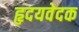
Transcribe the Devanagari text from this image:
हृदयवेदक